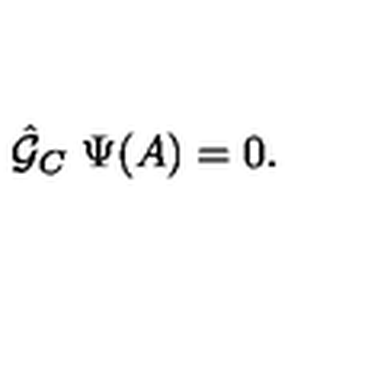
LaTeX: { \hat { \cal G } } _ { C } \ \Psi ( A ) = 0 .